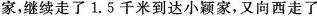
家，继续走了1.5千米到达小颖家，又向西走了